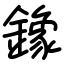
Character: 鐌